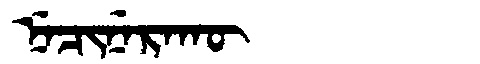
Manchu: ᠨᡝᠴᡳᠨᡝᡵᠠᡴᡡ
Romanization: NECINERAKŪ